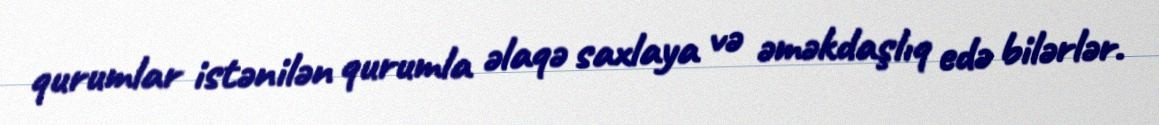
qurumlar istənilən qurumla əlaqə saxlaya və əməkdaşlıq edə bilərlər.